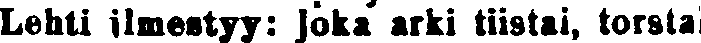
Lehti ilmestyy: joka arki tiistai, torstai